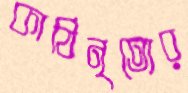
কাঠিনৃত্যের